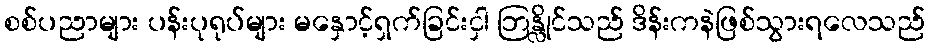
စစ်ပညာများ ပန်းပုရုပ်များ မနှောင့်ရှက်ခြင်းငှါ ဘြန္လိုင်သည် ဒိန်းကနဲဖြစ်သွားရလေသည်